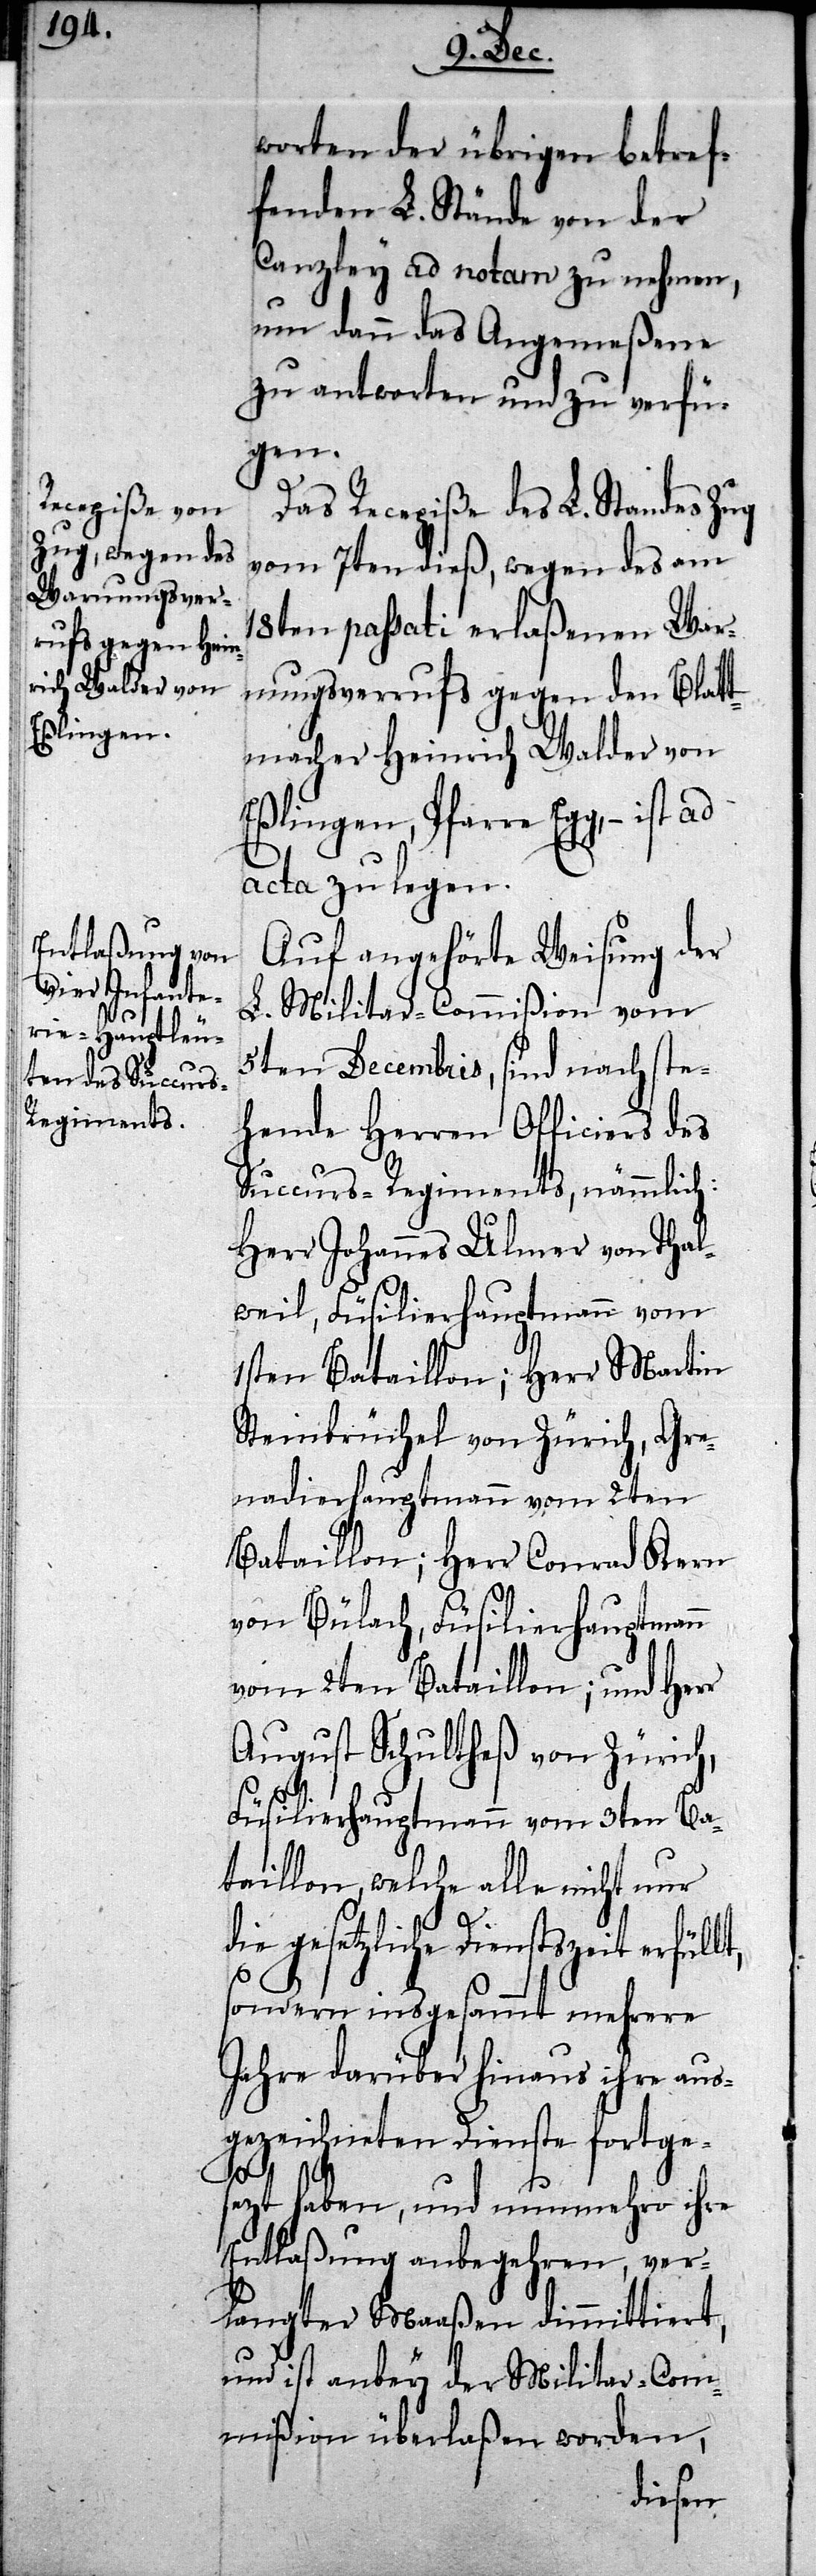
worten der übrigen betref¬
fenden L. Stände von der
Canzley ad notam zu nehmen,
um dann das Angemeßene
zu antworten und zu verfü¬
gen.
Das Recepiße des L. Standes Zug
vom 7ten dieß, wegen des am
18ten passati erlaßenen War¬
nungsverrufs gegen den Blatt¬
macher Heinrich Walder von
Eßlingen, Pfarre Egg, – ist ad
acta zu legen.
Auf angehörte Weisung der
L. Militar-Commißion vom
5ten Decembris, sind nachste¬
hende Herren Officiers des
Succurs-Regiments, nämmlich
Herr Johannes Ulmer von Thal¬
weil, Füsilierhauptmann vom
1sten Bataillon; Herr Martin
Steinbrüchel von Zürich, Gre¬
nadierhauptmann vom 2ten
Bataillon; Herr Conrad Kern
von Bülach, Füsilierhauptmann
vom 2ten Bataillon; und Herr
August Schultheß von Zürich,
Füsilierhauptmann vom 3ten Ba¬
taillon, welche alle nicht nur
die gesetzliche Dienstzeit erfüll¬
sondern insgesammt mehrere
Jahre darüber hinaus ihre aus¬
gezeichneten Dienste fortge¬
t,
sezt haben, und nunmehro ihre
Entlaßung anbegehren, ver¬
langter Maaßen dimmittiert,
und ist anbey der Militar-Com¬
mißion überlaßen worden,